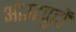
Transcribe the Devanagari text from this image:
आउटपुटों